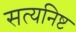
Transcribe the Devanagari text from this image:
सत्यनिष्ट